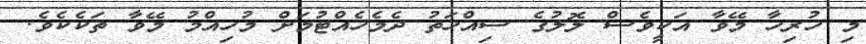
މި ހުރިހާ މޭވާ އަކީވެސް ލޮލުގެ ސިއްހަތު ދެމެހެއްޓުމަށް މުހިއްމު މޭވާ ތަކެކެވެ.